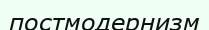
постмодернизм